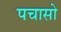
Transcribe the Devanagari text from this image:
पचासो